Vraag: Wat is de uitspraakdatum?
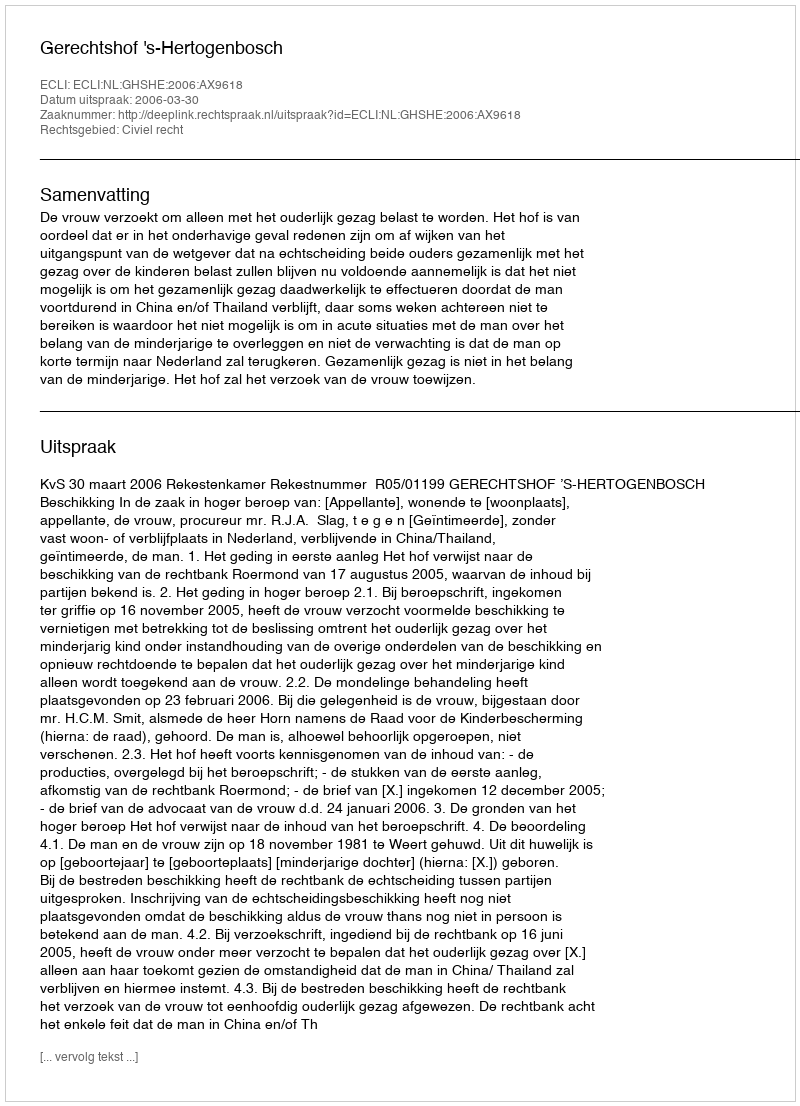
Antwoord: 2006-03-30